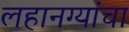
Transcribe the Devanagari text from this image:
लहानग्यांचा